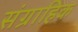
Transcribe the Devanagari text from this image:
संग्राहिक